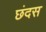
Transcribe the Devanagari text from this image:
छंदस